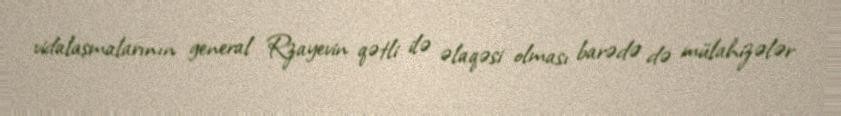
vidalaşmalarının general Rzayevin qətli ilə əlaqəsi olması barədə də mülahizələr